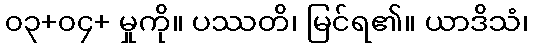
၀၃+၀၄+ မှုကို။ ပဿတိ၊ မြင်ရ၏။ ယာဒိသံ၊